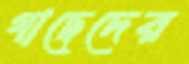
গাছেদের